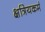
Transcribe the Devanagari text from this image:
क्षत्रियकर्म